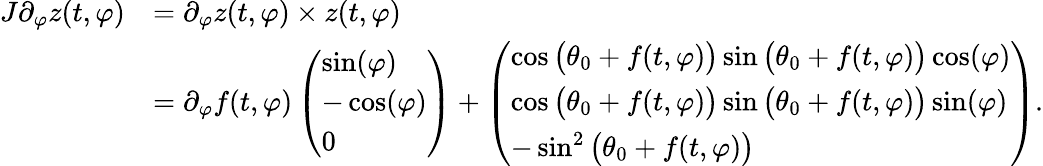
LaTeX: \begin{array}{rl}{J\partial_{\varphi}z(t,\varphi)}&{=\partial_{\varphi}z(t,\varphi)\times z(t,\varphi)}\\ &{=\partial_{\varphi}f(t,\varphi)\left(\begin{array}{l}{\sin(\varphi)}\\ {-\cos(\varphi)}\\ {0}\end{array}\right)+\left(\begin{array}{l}{\cos\big(\theta_{0}+f(t,\varphi)\big)\sin\big(\theta_{0}+f(t,\varphi)\big)\cos(\varphi)}\\ {\cos\big(\theta_{0}+f(t,\varphi)\big)\sin\big(\theta_{0}+f(t,\varphi)\big)\sin(\varphi)}\\ {-\sin^{2}\big(\theta_{0}+f(t,\varphi)\big)}\end{array}\right).}\end{array}